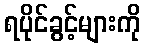
ရပိုင်ခွင့်များကို